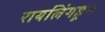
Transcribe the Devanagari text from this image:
रायलिंगहून